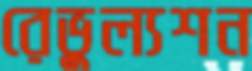
রেভুল্যশন